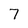
Character: 7